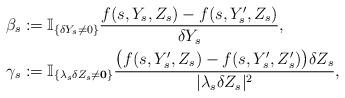
LaTeX: \begin{align*}\beta_s &: =\mathbb{I}_{\{\delta Y_s \neq 0 \}} \frac{f(s, Y_s, Z_s) - f(s, Y_s^\prime, Z_s)}{\delta Y_s},\\\gamma_s &: = \mathbb{I}_{\{\lambda_s\delta Z_s \neq \mathbf{0}\}}\frac{\big(f(s, Y_s^\prime, Z_s)-f(s, Y_s^\prime, Z_s^\prime)\big)\delta Z_s}{|\lambda_s \delta Z_s|^2},\end{align*}